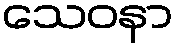
သေဝနာ